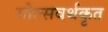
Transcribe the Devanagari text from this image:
मोल्सवर्थकृत